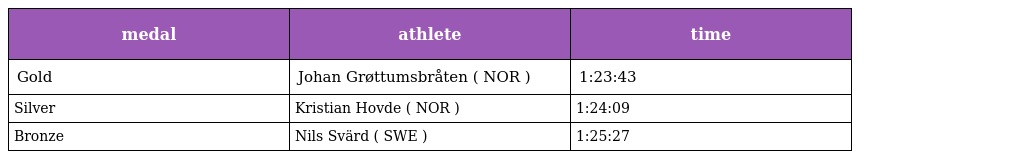
| medal | athlete | time |
 | --- | --- | --- |
 | Gold | Johan Grøttumsbråten ( NOR ) | 1:23:43 |
 | Silver | Kristian Hovde ( NOR ) | 1:24:09 |
 | Bronze | Nils Svärd ( SWE ) | 1:25:27 |